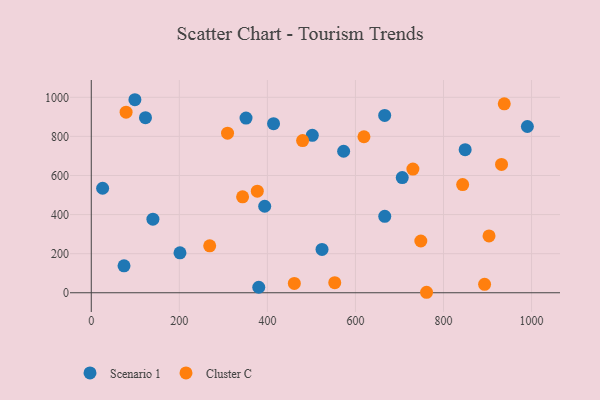
{"axis": {"x": "Distance", "y": "Profit"}, "legend": ["Cluster C", "Scenario 1"], "data": [{"x": "990.5", "y": 850.5, "type": "Scenario 1"}, {"x": "573.2", "y": 723.9, "type": "Scenario 1"}, {"x": "849.2", "y": 732.3, "type": "Scenario 1"}, {"x": "524.1", "y": 221.7, "type": "Scenario 1"}, {"x": "140.0", "y": 376.5, "type": "Scenario 1"}, {"x": "666.6", "y": 391.2, "type": "Scenario 1"}, {"x": "666.4", "y": 907.4, "type": "Scenario 1"}, {"x": "502.0", "y": 805.7, "type": "Scenario 1"}, {"x": "380.4", "y": 28.2, "type": "Scenario 1"}, {"x": "201.5", "y": 204.3, "type": "Scenario 1"}, {"x": "706.3", "y": 589.1, "type": "Scenario 1"}, {"x": "99.1", "y": 987.6, "type": "Scenario 1"}, {"x": "351.5", "y": 893.5, "type": "Scenario 1"}, {"x": "393.9", "y": 442.5, "type": "Scenario 1"}, {"x": "25.8", "y": 534.7, "type": "Scenario 1"}, {"x": "414.0", "y": 865.1, "type": "Scenario 1"}, {"x": "123.1", "y": 895.6, "type": "Scenario 1"}, {"x": "74.4", "y": 137.9, "type": "Scenario 1"}, {"x": "938.0", "y": 966.6, "type": "Cluster C"}, {"x": "931.8", "y": 656.4, "type": "Cluster C"}, {"x": "309.5", "y": 816.4, "type": "Cluster C"}, {"x": "619.3", "y": 798.2, "type": "Cluster C"}, {"x": "893.3", "y": 43.4, "type": "Cluster C"}, {"x": "903.4", "y": 290.7, "type": "Cluster C"}, {"x": "461.2", "y": 47.6, "type": "Cluster C"}, {"x": "761.5", "y": 2.5, "type": "Cluster C"}, {"x": "343.7", "y": 490.9, "type": "Cluster C"}, {"x": "377.1", "y": 519.8, "type": "Cluster C"}, {"x": "843.5", "y": 553.7, "type": "Cluster C"}, {"x": "269.0", "y": 240.3, "type": "Cluster C"}, {"x": "480.0", "y": 778.4, "type": "Cluster C"}, {"x": "748.5", "y": 264.8, "type": "Cluster C"}, {"x": "553.0", "y": 51.7, "type": "Cluster C"}, {"x": "79.1", "y": 923.7, "type": "Cluster C"}, {"x": "730.5", "y": 632.8, "type": "Cluster C"}]}